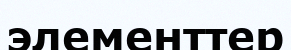
элементтер